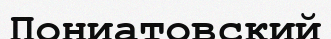
Пониатовский